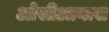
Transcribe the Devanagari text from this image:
ओसीआनास